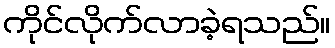
ကိုင်လိုက်လာခဲ့ရသည်။